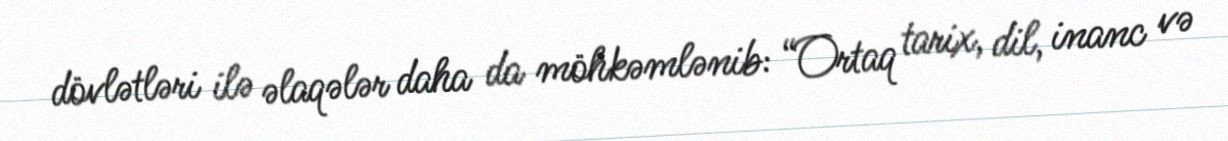
dövlətləri ilə əlaqələr daha da möhkəmlənib: “Ortaq tarix, dil, inanc və